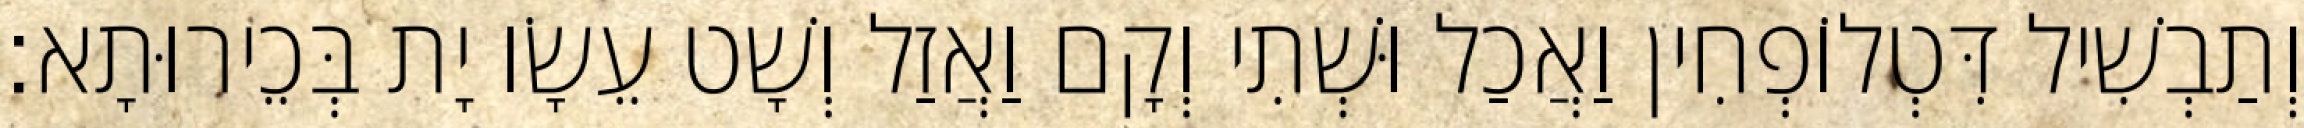
וְתַבְשִׁיל דִּטְלוֹפְחִין וַאֲכַל וּשְׁתִי וְקָם וַאֲזַל וְשָׁט עֵשָׂו יָת בְּכֵירוּתָא׃